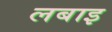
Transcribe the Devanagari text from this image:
लबाइ